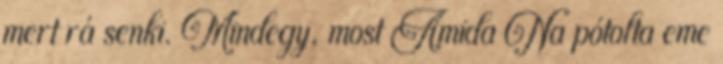
mert rá senki. Mindegy, most Amida Na pótolta eme